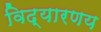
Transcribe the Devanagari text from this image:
विद्यारणय